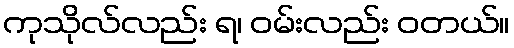
ကုသိုလ်လည်း ရ၊ ဝမ်းလည်း ဝတယ်။